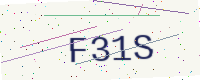
Text: F31S